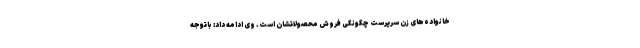
خانواده‌های زن سرپرست چگونگی فروش محصولاتشان است. وی ادامه داد: باتوجه